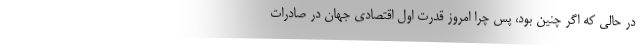
در حالی که اگر چنین بود، پس چرا امروز قدرت اول اقتصادی جهان در صادرات